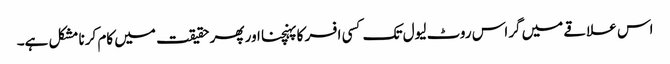
اس علاقے میں گراس روٹ لیول تک کسی افسر کا پہنچنا اور پھر حقیقت میں کام کرنا مشکل ہے۔